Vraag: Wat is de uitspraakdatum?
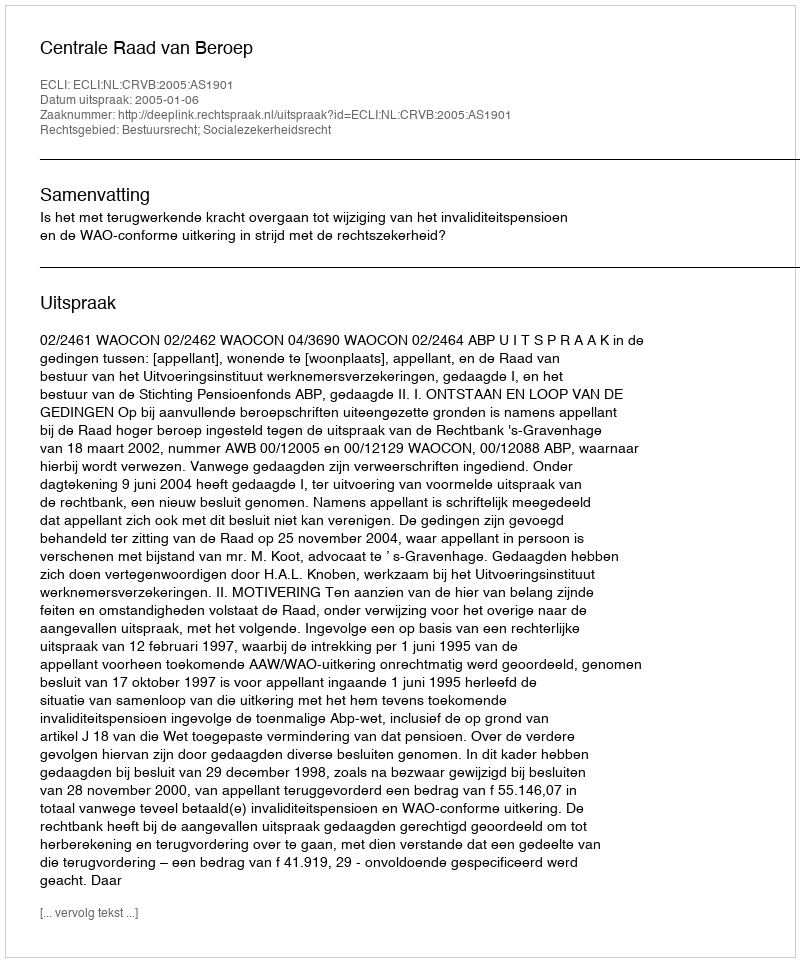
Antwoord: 2005-01-06